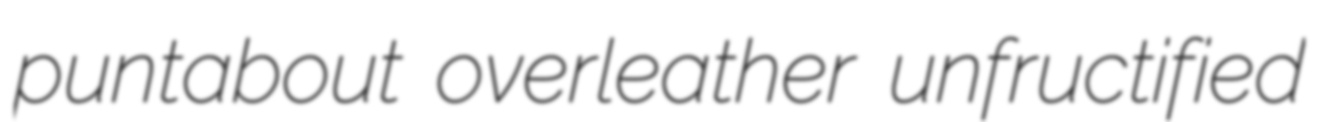
puntabout overleather unfructified